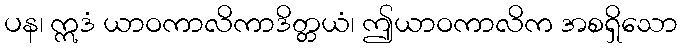
ပန၊ ဣဒံ ယာဝကာလိကာဒိတ္တယံ၊ ဤယာဝကာလိက အစရှိသော